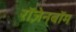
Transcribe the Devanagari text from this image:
रॉज़ेनबॉम